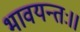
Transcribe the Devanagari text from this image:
भावयन्तः।।